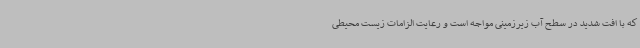
که با افت شدید در سطح آب زیرزمینی مواجه است و رعایت الزامات زیست محیطی